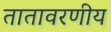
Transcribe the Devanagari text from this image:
तातावरणीय